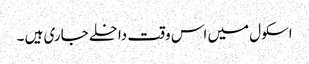
اسکول میں اس وقت داخلے جاری ہیں ۔